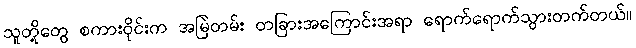
သူတို့တွေ စကားဝိုင်းက အမြဲတမ်း တခြားအကြောင်းအရာ ရောက်ရောက်သွားတက်တယ်။